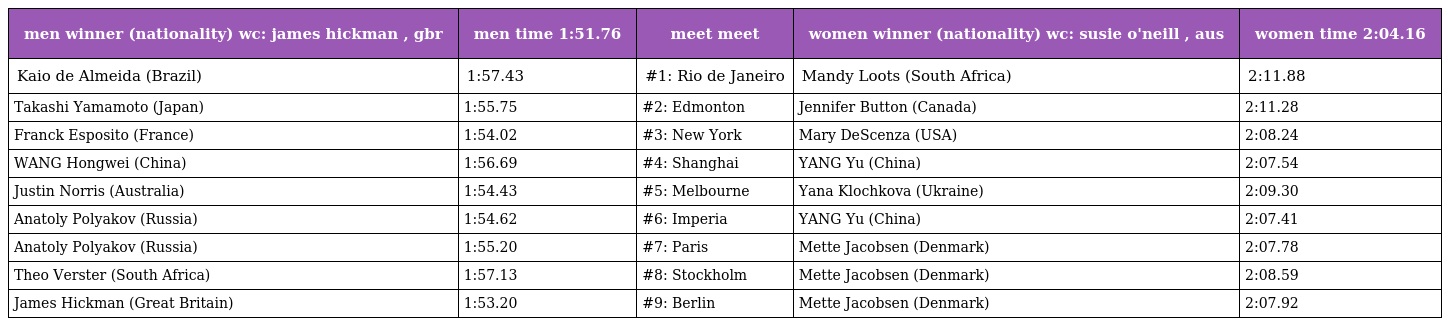
| men winner (nationality) wc: james hickman , gbr | men time 1:51.76 | meet meet | women winner (nationality) wc: susie o'neill , aus | women time 2:04.16 |
 | --- | --- | --- | --- | --- |
 | Kaio de Almeida (Brazil) | 1:57.43 | #1: Rio de Janeiro | Mandy Loots (South Africa) | 2:11.88 |
 | Takashi Yamamoto (Japan) | 1:55.75 | #2: Edmonton | Jennifer Button (Canada) | 2:11.28 |
 | Franck Esposito (France) | 1:54.02 | #3: New York | Mary DeScenza (USA) | 2:08.24 |
 | WANG Hongwei (China) | 1:56.69 | #4: Shanghai | YANG Yu (China) | 2:07.54 |
 | Justin Norris (Australia) | 1:54.43 | #5: Melbourne | Yana Klochkova (Ukraine) | 2:09.30 |
 | Anatoly Polyakov (Russia) | 1:54.62 | #6: Imperia | YANG Yu (China) | 2:07.41 |
 | Anatoly Polyakov (Russia) | 1:55.20 | #7: Paris | Mette Jacobsen (Denmark) | 2:07.78 |
 | Theo Verster (South Africa) | 1:57.13 | #8: Stockholm | Mette Jacobsen (Denmark) | 2:08.59 |
 | James Hickman (Great Britain) | 1:53.20 | #9: Berlin | Mette Jacobsen (Denmark) | 2:07.92 |